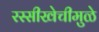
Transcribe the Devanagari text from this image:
रस्सीखेचीमुळे